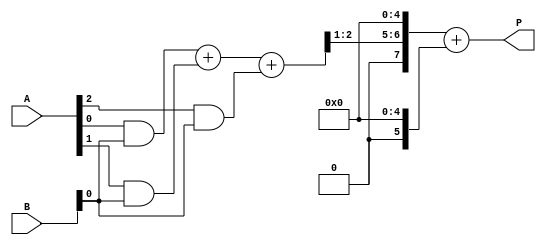
module dadda_multiplier #(
    parameter N = 4 // Bit width of the operands
)(
    input [N-1:0] A,
    input [N-1:0] B,
    output reg [2*N-1:0] P // Product output
);

    // Generate partial products
    wire [N-1:0] pp [0:N-1]; // Partial products
    genvar i, j;
    generate
        for (i = 0; i < N; i = i + 1) begin : partial_product_gen
            for (j = 0; j < N; j = j + 1) begin : pp_bit
                assign pp[i][j] = A[i] & B[j];
            end
        end
    endgenerate

    // Carry Save Adder (CSA) stage
    wire [N:0] sum [0:N-1]; // Sum outputs
    wire [N:0] carry [0:N-1]; // Carry outputs

    // Initial stage
    genvar k;
    generate
        for (k = 0; k < N; k = k + 1) begin : csa_stage0
            assign sum[k][0] = pp[k][0];
            assign carry[k][0] = 0; // No carry in for the first stage
            for (j = 1; j < N; j = j + 1) begin : csa_bit
                assign sum[k][j] = pp[k][j] + carry[k][j-1];
                assign carry[k][j] = (pp[k][j] & carry[k][j-1]) | (pp[k][j] & pp[k][j-1]) | (carry[k][j-1] & pp[k][j-1]);
            end
        end
    endgenerate

    // Reduction tree
    wire [N:0] final_sum [0:2*N-1]; // Final sums for last stage
    wire [N:0] final_carry [0:2*N-1]; // Final carries for last stage

    // Reduction stages
    generate
        for (k = 0; k < N; k = k + 1) begin : csa_reduction
            if (k < N/3) begin
                assign final_sum[k] = sum[k][0] + sum[k+1][0] + sum[k+2][0];
                assign final_carry[k] = carry[k][0] + carry[k+1][0] + carry[k+2][0];
            end
        end
    endgenerate

    // Final addition
    wire [2*N-1:0] final_product;
    assign final_product = {final_sum[0][N:1], final_carry[0]} + {final_sum[1][N:1], final_carry[1]};

    always @(*) begin
        P = final_product; // Output the final product
    end

endmodule